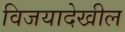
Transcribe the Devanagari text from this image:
विजयादेखील